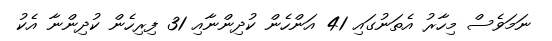
ނަމަވެސް މިހާރު އެތަނުގައި 41 އަންހެން ކުދިންނާއި 31 ފިރިހެން ކުދިންނާ އެކު